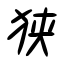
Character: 狭